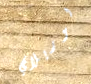
لوريلاي